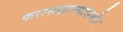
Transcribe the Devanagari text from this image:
फरासखान्यासमोर